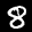
Label: 8